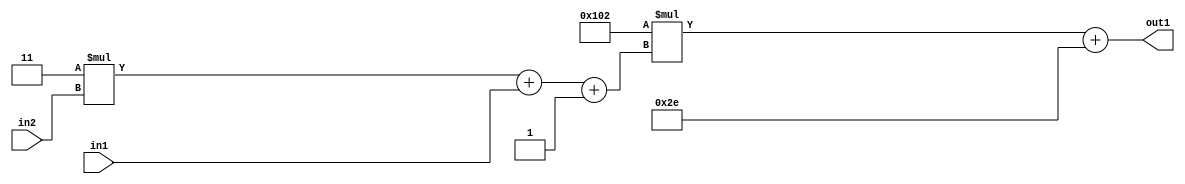
`timescale 1ps / 1ps
/*****************************************************************************
    Verilog RTL Description
    
    
    Created by: Stratus DpOpt 2019.1.01 
*******************************************************************************/

module DC_Filter_Add2i46Mul2i258Add3i1u1Mul2i3u2_4 (
	in2,
	in1,
	out1
	); /* architecture "behavioural" */ 
input [1:0] in2;
input  in1;
output [11:0] out1;
wire [11:0] asc001;
wire [3:0] asc002;

wire [3:0] asc002_tmp_0;
wire [3:0] asc002_tmp_1;
assign asc002_tmp_1 = 
	+(4'B0011 * in2);
assign asc002_tmp_0 = asc002_tmp_1
	+(in1);
assign asc002 = asc002_tmp_0
	+(4'B0001);

wire [11:0] asc001_tmp_2;
assign asc001_tmp_2 = 
	+(12'B000100000010 * asc002);
assign asc001 = asc001_tmp_2
	+(12'B000000101110);

assign out1 = asc001;
endmodule

/* CADENCE  vrP1SQo= : u9/ySgnWtBlWxVPRXgAZ4Og= ** DO NOT EDIT THIS LINE ******/